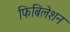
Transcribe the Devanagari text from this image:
फिबिलेशन